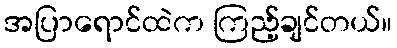
အပြာရောင်ထဲက ကြည့်ချင်တယ်။